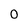
Character: 0